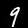
Label: 9